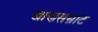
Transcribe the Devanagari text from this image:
खाणसम्राट